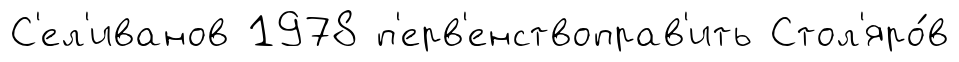
С'ел'иванов 1978 п'ерв'енствоправ'ить Стол'яро́в